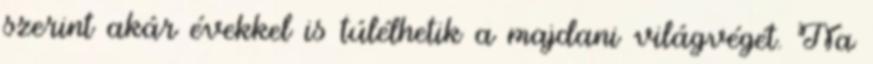
szerint akár évekkel is túlélhetik a majdani világvégét. Na